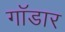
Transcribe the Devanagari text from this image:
गॉडार